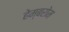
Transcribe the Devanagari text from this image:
हेम्बरोम